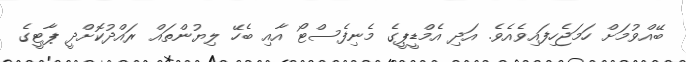
ބޭއްވުމަށް ހަމަޖެހިފައިވެއެވެ. އަދި އެމްޑީޕީގެ މެނިފެސްޓޯ އާއި ބެހޭ ލިޔުންތައް ރައްދުކޮށްދީ ޕާޓީގެ